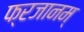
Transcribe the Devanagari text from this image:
फ्रजानम्